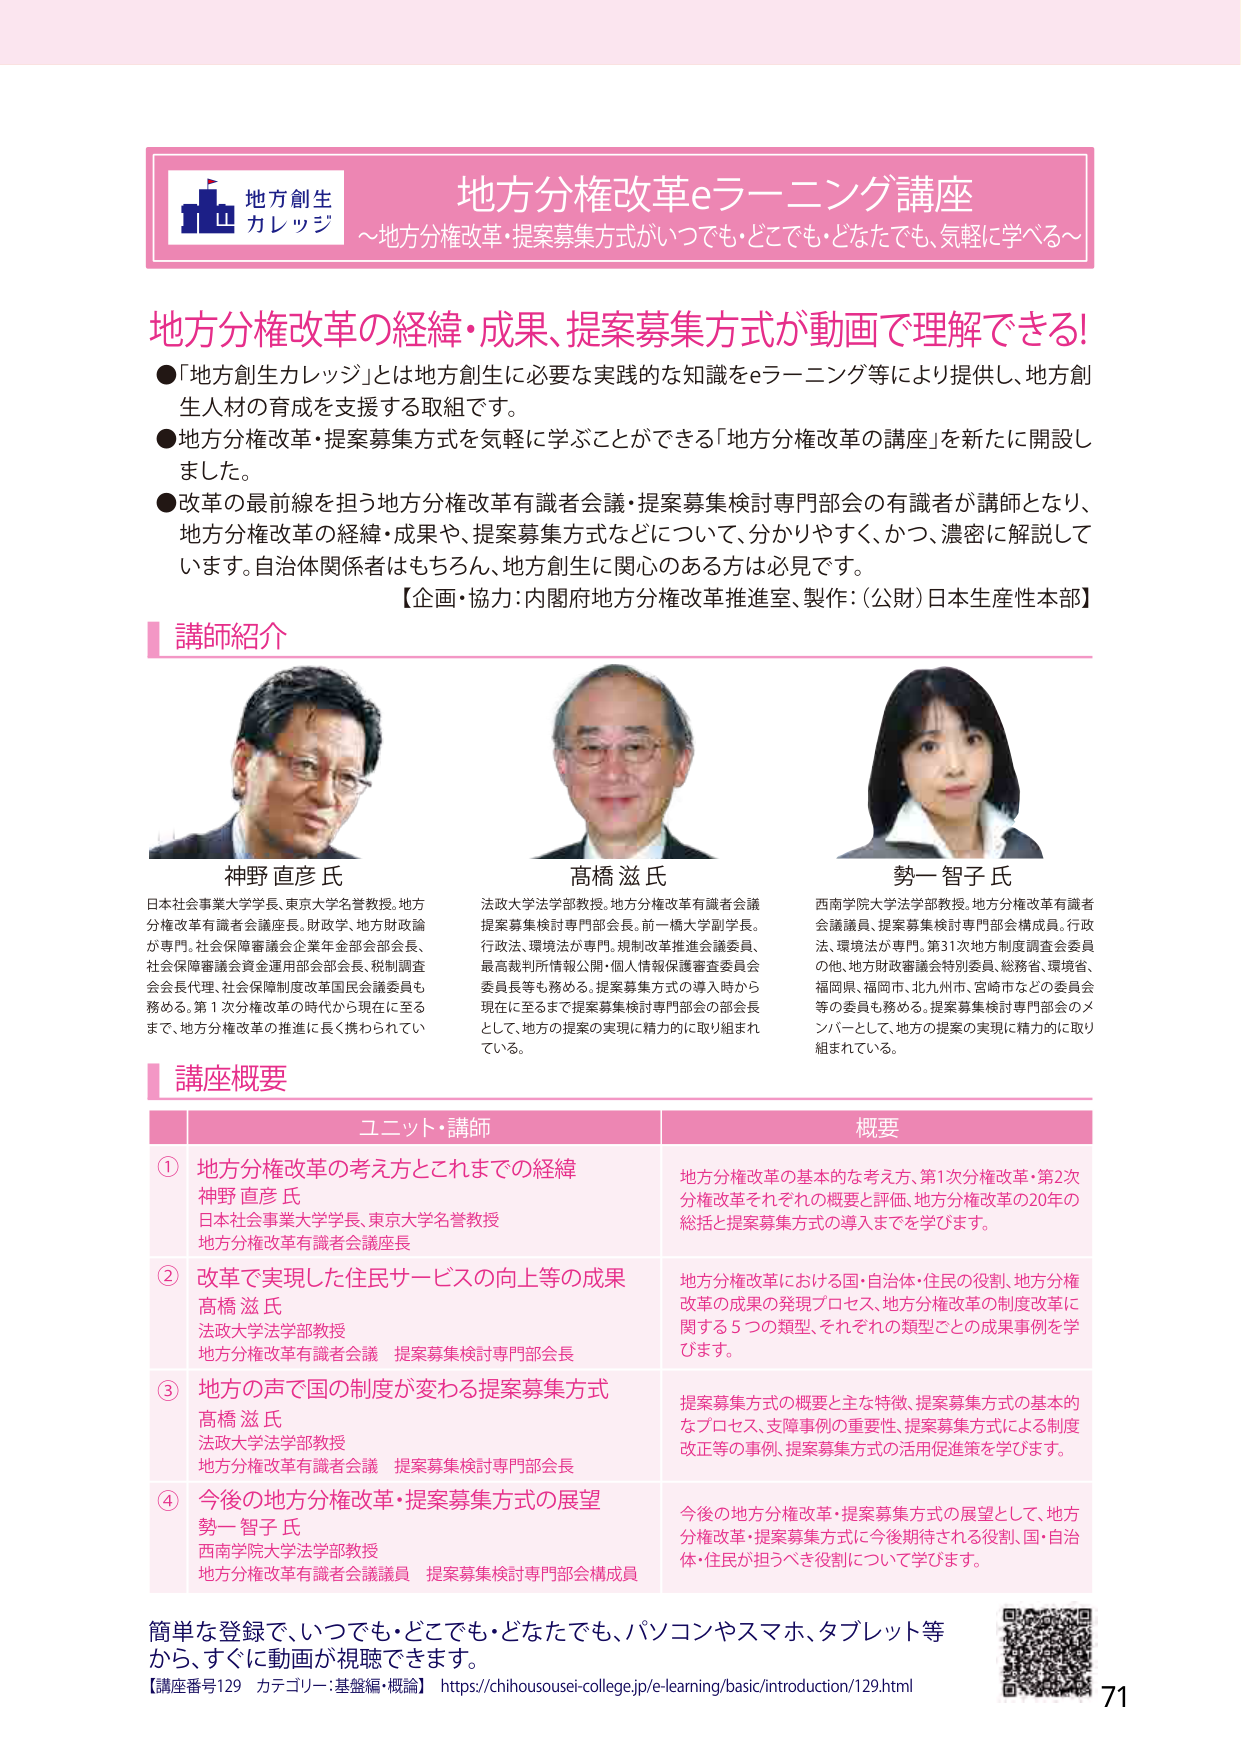
地方創生
カレッジ
地方分権改革eラーニング講座
～地方分権改革・提案募集方式がいつでも・どこでも・どなたでも、気軽に学べる～

地方分権改革の経緯・成果、提案募集方式が動画で理解できる!
●「地方創生カレッジ」とは地方創生に必要な実践的な知識をeラーニング等により提供し、地方創生人材の育成を支援する取組です。
●地方分権改革・提案募集方式を気軽に学ぶことができる「地方分権改革の講座」を新たに開設しました。
●改革の最前線を担う地方分権改革有識者会議・提案募集検討専門部会の有識者が講師となり、地方分権改革の経緯・成果や、提案募集方式などについて、分かりやすく、かつ、濃密に解説しています。自治体関係者はもちろん、地方創生に関心のある方は必見です。
【企画・協力：内閣府地方分権改革推進室、製作：(公財)日本生産性本部】

講師紹介

神野 直彦 氏
日本社会事業大学学長、東京大学名誉教授。地方分権改革有識者会議座長。財政学、地方財政論が専門。社会保障審議会企業年金部会部会長、社会保障審議会資金運用部会部会長、税制調査会会長代理、社会保険制度改革国民会議委員も務める。第1次分権改革の時代から現在に至るまで、地方分権改革の推進に長く携わられている。

高橋 滋 氏
法政大学法学部教授。地方分権改革有識者会議提案募集検討専門部会長。前一橋大学副学長。行政法、環境法が専門。規制改革推進会議委員、最高裁判所情報公開・個人情報保護審査委員会委員長等も務める。提案募集方式の導入時から現在に至るまで提案募集検討専門部会の部会長として、地方の提案の実現に精力的に取り組まれている。

勢一 智子 氏
西南学院大学法学部教授。地方分権改革有識者会議議員、提案募集検討専門部会構成員。行政法、環境法が専門。第31次地方制度調査会委員の他、地方財政審議会特別委員、総務省、環境省、福岡県、福岡市、北九州市、宮崎市などの委員会等の委員も務める。提案募集検討専門部会のメンバーとして、地方の提案の実現に精力的に取り組まれている。

講座概要

ユニット・講師 概要

① 地方分権改革の考え方とこれまでの経緯
神野 直彦 氏
日本社会事業大学学長、東京大学名誉教授
地方分権改革有識者会議座長
地方分権改革の基本的な考え方、第1次分権改革・第2次分権改革それぞれの概要と評価、地方分権改革の20年の総括と提案募集方式の導入までを学びます。

② 改革で実現した住民サービスの向上等の成果
高橋 滋 氏
法政大学法学部教授
地方分権改革有識者会議 提案募集検討専門部会長
地方分権改革における国・自治体・住民の役割、地方分権改革の成果の発現プロセス、地方分権改革の制度改革に関する5つの類型、それぞれの類型ごとの成果事例を学びます。

③ 地方の声で国の制度が変わる提案募集方式
高橋 滋 氏
法政大学法学部教授
地方分権改革有識者会議 提案募集検討専門部会長
提案募集方式の概要と主な特徴、提案募集方式の基本的なプロセス、支援事例の重要性、提案募集方式による制度改正等の事例、提案募集方式の活用促進策を学びます。

④ 今後の地方分権改革・提案募集方式の展望
勢一 智子 氏
西南学院大学法学部教授
地方分権改革有識者会議議員 提案募集検討専門部会構成員
今後の地方分権改革・提案募集方式の展望として、地方分権改革・提案募集方式に今後期待される役割、国・自治体・住民が担うべき役割について学びます。

簡単な登録で、いつでも・どこでも・どなたでも、パソコンやスマホ、タブレット等から、すぐに動画が視聴できます。
【講座番号129 カテゴリ：基盤編・概論】 https://chihousousei-college.jp/e-learning/basic/introduction/129.html

71